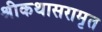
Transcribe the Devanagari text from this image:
श्रीकथासरामृत